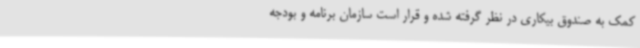
کمک به صندوق بیکاری در نظر گرفته شده و قرار است سازمان برنامه و بودجه